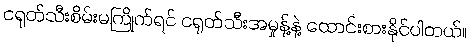
ငရုတ်သီးစိမ်းမကြိုက်ရင် ငရုတ်သီးအမှုန့်နဲ့ ထောင်းစားနိုင်ပါတယ်။